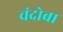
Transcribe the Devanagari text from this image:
चंदोबा